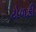
ટોળકી